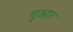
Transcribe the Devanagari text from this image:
यूआर